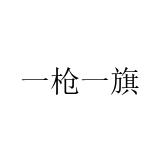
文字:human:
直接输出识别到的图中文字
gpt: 一枪一旗